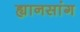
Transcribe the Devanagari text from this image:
ह्यानसांग